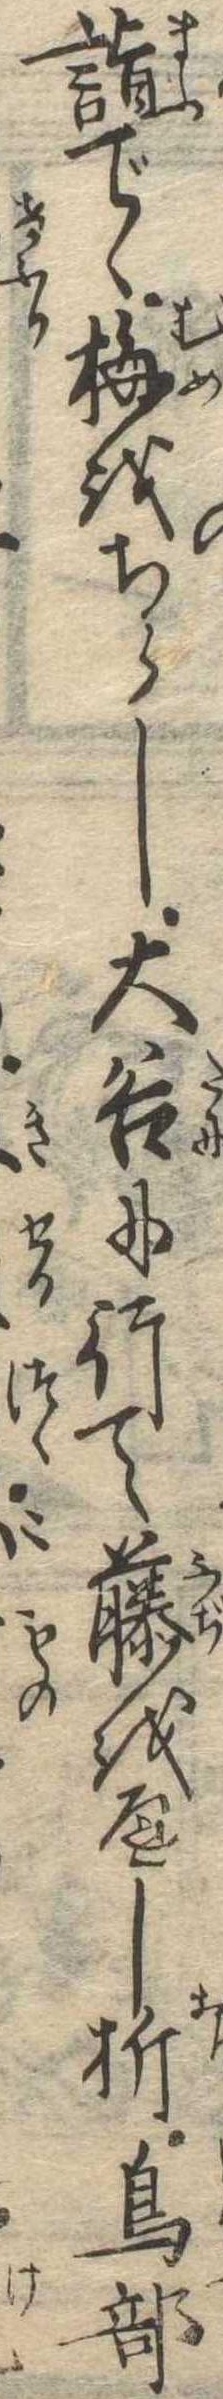
詣でゝ梅をちらし大谷に行て藤をへし折鳥部